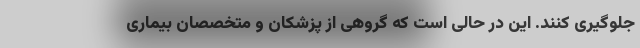
جلوگیری کنند. این در حالی است که گروهی از پزشکان و متخصصان بیماری